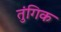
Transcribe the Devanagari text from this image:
तुंगिक